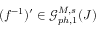
( f ^ { - 1 } ) ^ { \prime } \in \mathcal { G } _ { p h , 1 } ^ { M , s } ( J )